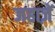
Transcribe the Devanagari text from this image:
जहाज़ें